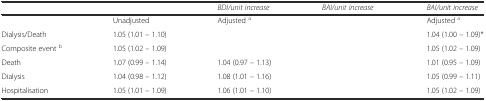
<table><thead><tr><td>[EMPTY_CELL]</td><td>[EMPTY_CELL]</td><td><b><i>BDI/unit increase</i></b></td><td><b><i>BAI/unit increase</i></b></td><td><b><i>BAI/unit increase</i></b></td></tr></thead><tbody><tr><td>[EMPTY_CELL]</td><td>Unadjusted</td><td>Adjusted <sup>a</sup></td><td>[EMPTY_CELL]</td><td>Adjusted <sup>a</sup></td></tr><tr><td>Dialysis/Death</td><td>1.05 (1.01 – 1.10)</td><td>[EMPTY_CELL]</td><td>[EMPTY_CELL]</td><td>1.04 (1.00 – 1.09)*</td></tr><tr><td>Composite event <sup>b</sup></td><td>1.05 (1.02 – 1.09)</td><td>[EMPTY_CELL]</td><td>[EMPTY_CELL]</td><td>1.05 (1.02 – 1.09)</td></tr><tr><td>Death</td><td>1.07 (0.99 – 1.14)</td><td>1.04 (0.97 – 1.13)</td><td>[EMPTY_CELL]</td><td>1.01 (0.95 – 1.09)</td></tr><tr><td>Dialysis</td><td>1.04 (0.98 – 1.12)</td><td>1.08 (1.01 – 1.16)</td><td>[EMPTY_CELL]</td><td>1.05 (0.99 – 1.11)</td></tr><tr><td>Hospitalisation</td><td>1.05 (1.01 – 1.09)</td><td>1.06 (1.01 – 1.10)</td><td>[EMPTY_CELL]</td><td>1.05 (1.02 – 1.09)</td></tr></tbody></table>